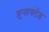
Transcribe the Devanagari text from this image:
य़ूनायटेड